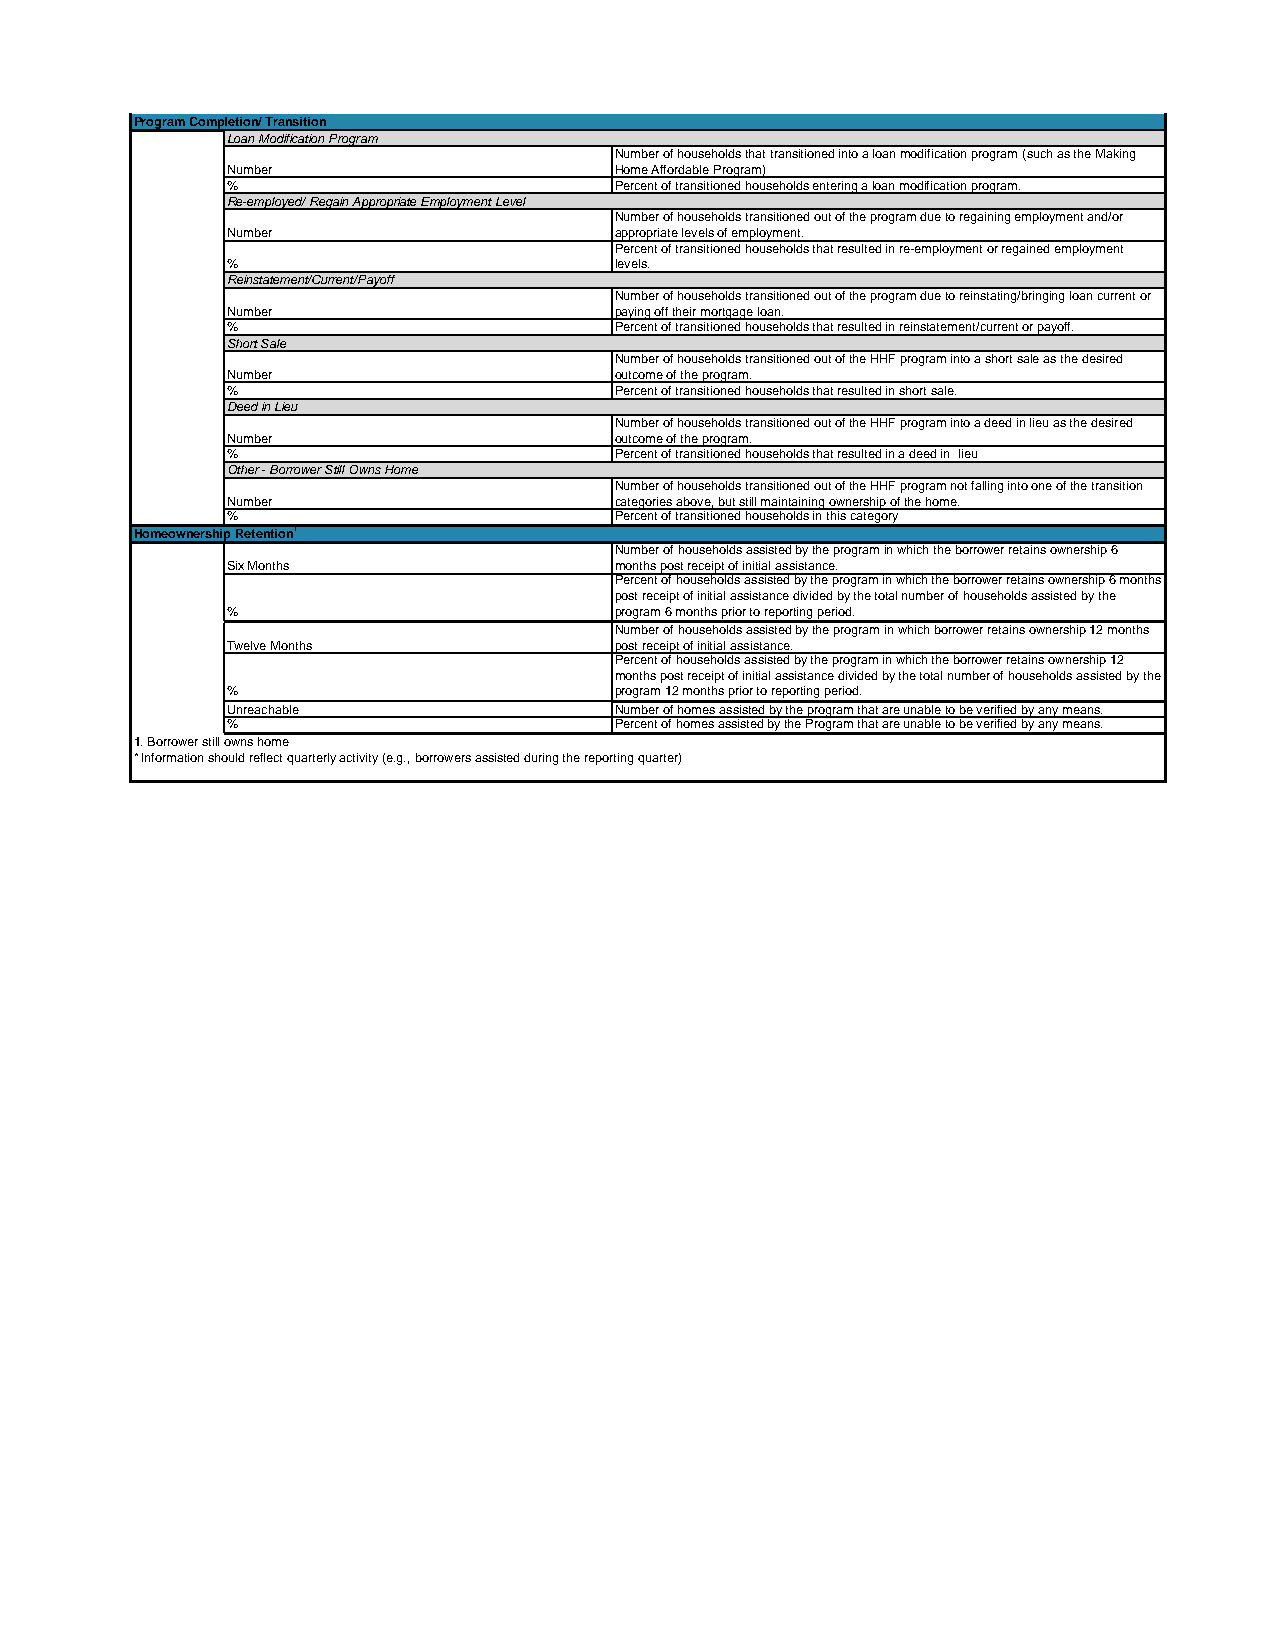
Program Completion/ Transition
 Loan Modification Program
 Number of households that transitioned into a loan modification program (such as the Making
 Number                    Home Affordable Program)
 %                         Percent of transitioned households entering a loan modification program.
 Re-employed/ Regain Appropriate Employment Level
 Number of households transitioned out of the program due to regaining employment and/or
 Number                    appropriate levels of employment.
 Percent of transitioned households that resulted in re-employment or regained employment
 %                         levels.
 Reinstatement/Current/Payoff
 Number of households transitioned out of the program due to reinstating/bringing loan current or
 Number                    paying off their mortgage loan.
 %                         Percent of transitioned households that resulted in reinstatement/current or payoff.
 Short Sale
 Number of households transitioned out of the HHF program into a short sale as the desired
 Number                    outcome of the program.
 %                         Percent of transitioned households that resulted in short sale.
 Deed in Lieu
 Number of households transitioned out of the HHF program into a deed in lieu as the desired
 Number                    outcome of the program.
 %                         Percent of transitioned households that resulted in a deed in lieu
 Other - Borrower Still Owns Home
 Number of households transitioned out of the HHF program not falling into one of the transition
 Number                    categories above, but still maintaining ownership of the home.
 %                         Percent of transitioned households in this category
 Homeownership Retention1
 Number of households assisted by the program in which the borrower retains ownership 6
 Six Months                months post receipt of initial assistance.
 Percent of households assisted by the program in which the borrower retains ownership 6 months
 post receipt of initial assistance divided by the total number of households assisted by the
 %                         program 6 months prior to reporting period.
 Number of households assisted by the program in which borrower retains ownership 12 months
 Twelve Months             post receipt of initial assistance.
 Percent of households assisted by the program in which the borrower retains ownership 12
 months post receipt of initial assistance divided by the total number of households assisted by the
 %                         program 12 months prior to reporting period.
 Unreachable               Number of homes assisted by the program that are unable to be verified by any means.
 %                         Percent of homes assisted by the Program that are unable to be verified by any means.
 1. Borrower still owns home
 * Information should reflect quarterly activity (e.g., borrowers assisted during the reporting quarter)